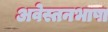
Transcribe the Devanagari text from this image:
अवेस्तनभाषा